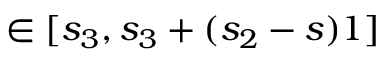
\in [ s _ { 3 } , s _ { 3 } + ( s _ { 2 } - s ) 1 ]